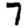
Digit: 7